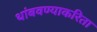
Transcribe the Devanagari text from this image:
थांबवण्याकरिता